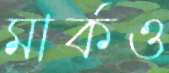
মার্কও